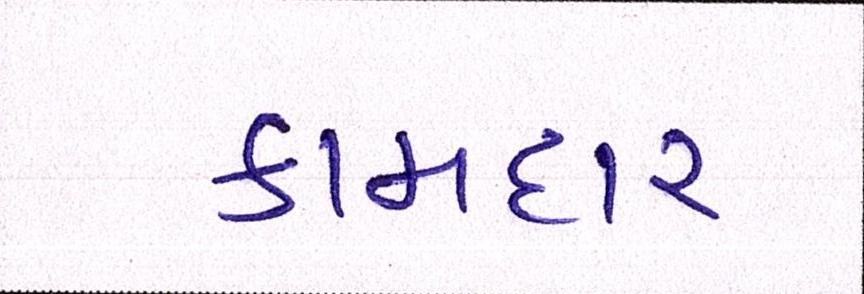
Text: કામદાર